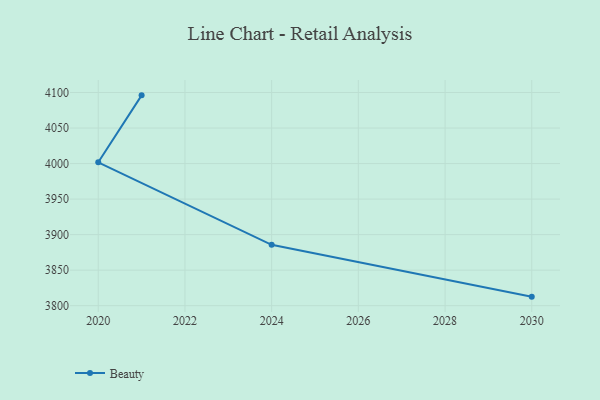
{"axis": {"x": "Year", "y": "Demand Index"}, "legend": ["Beauty"], "data": [{"x": "2030", "y": 3812.7, "type": "Beauty"}, {"x": "2024", "y": 3885.6, "type": "Beauty"}, {"x": "2020", "y": 4001.8, "type": "Beauty"}, {"x": "2021", "y": 4096.0, "type": "Beauty"}]}